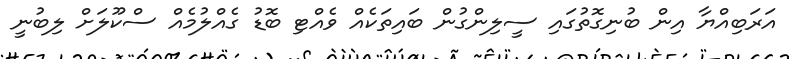
އަރަބިއްޔާ އިން ބުނިގޮތުގައި ސީލިންގުން ބައިތަކެއް ވެއްޓި ބޮޑު ގެއްލުމެއް ސްކޫލަށް ލިބުނީ